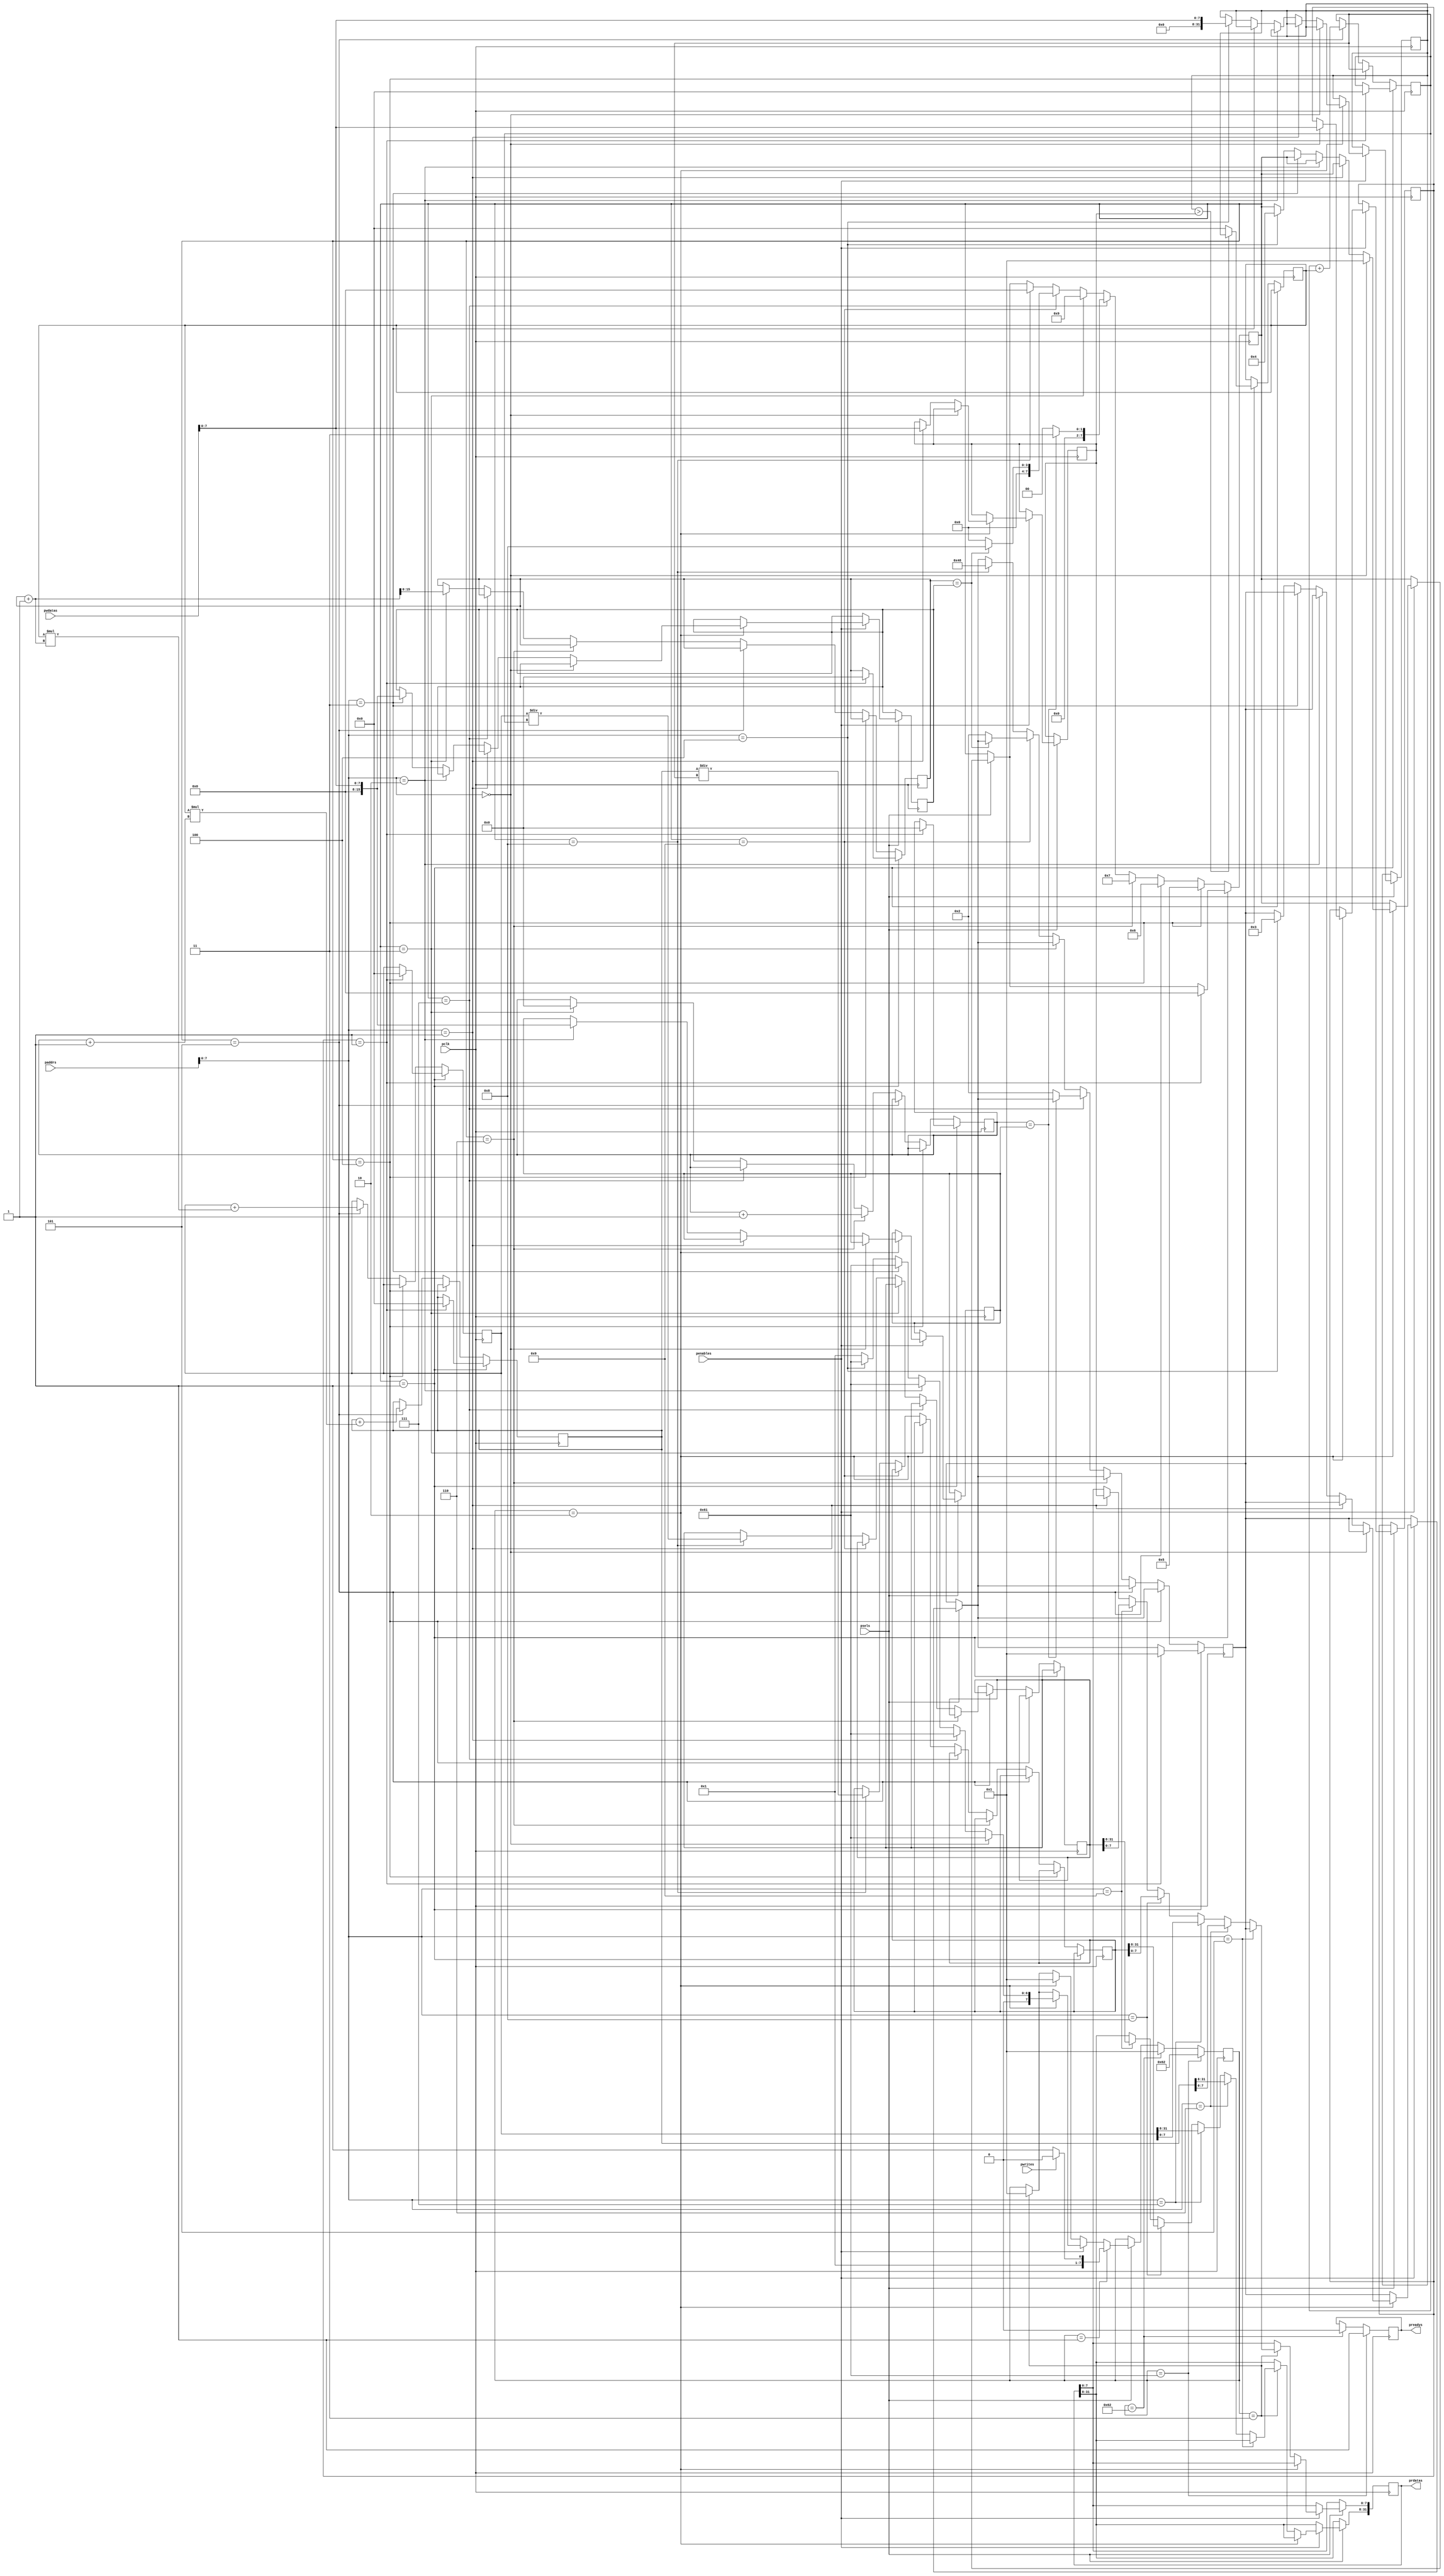
module sun(
    pclk,
    psels,
    penables,
    pwrites,
    paddrs,
    pwdatas,
    prdatas,
    preadys
);

input pclk;
input psels;
input penables;
input pwrites;
input [31:0] paddrs;
input [31:0] pwdatas;
output [31:0] prdatas;
output preadys;
reg pready_temp = 1'b0;
reg [7:0] control = 8'h00;
reg [7:0] status;
reg [7:0] threshold;
reg [15:0] xmax;
reg [15:0] ymax;
reg [15:0] xcount;
reg [15:0] ycount;
reg [7:0] access_state = 8'h01;
reg [7:0] calc_state = 8'h00;
reg [31:0] op_temp;

reg[31:0] sum_accum_x;
reg[31:0] sum_accum_y;
reg[31:0] I_Data;
reg[31:0] I_Data_temp;
reg[31:0] I_total;
reg[31:0] ans;
reg[31:0] h;
reg[31:0] k;
always @(posedge pclk) begin
    if(psels == 1'b1) begin
        if(penables == 1'b1) begin
            if(access_state == 8'h02) begin
                if(paddrs[7:0] == 8'h00) begin
                    control <= pwdatas[7:0];
                    access_state <= 8'h61;
                    calc_state <= 8'h01;
                end
                else if(paddrs[7:0] == 8'h01) begin
                    threshold <= pwdatas[7:0];
                    access_state <= 8'h61;
                end
                else if(paddrs[7:0] == 8'h02) begin
                    xmax <= pwdatas[7:0];
                    access_state <= 8'h61;
                end
                else if(paddrs[7:0] == 8'h03) begin
                    ymax <= pwdatas[7:0];
                    access_state <= 8'h61;
                end
                else if(paddrs[7:0] == 8'h04) begin
                    I_Data_temp <= pwdatas[7:0];
                    access_state <= 8'h61;
                    calc_state <= 8'h04;
                    status <= 8'h03;
                end 
                else begin
                    access_state <= 8'h01;
                end
            end
            else if(access_state == 8'h03) begin
                if(paddrs[7:0] == 8'h05) begin
                    op_temp[7:0] <= status;
                end
                else if(paddrs[7:0] == 8'h06) begin
                    op_temp <= sum_accum_x;
                end
                else if(paddrs[7:0] == 8'h07) begin
                    op_temp <= sum_accum_y;
                end
                else if(paddrs[7:0] == 8'h08) begin
                    op_temp <= h;
                end
                else if(paddrs[7:0] == 8'h09) begin
                    op_temp <= k;
                end
                else if(paddrs[7:0] == 8'h01) begin
                    op_temp[7:0] <= threshold;
                end
                access_state <= 8'h01;
            end
        end
        else begin
            if(access_state == 8'h02)
                access_state <= 8'h01;
            else if(access_state == 8'h03)
                access_state <= 8'h01;
        end
        if(access_state == 8'h01) begin 
            if(psels == 1'b1) begin
                if(pwrites == 1'b1) begin
                    access_state <= 8'h02;
                end
                else begin
                    access_state <= 8'h03;
                end
            end
        end
    end
        if(access_state == 8'h61) begin
            pready_temp <= 1'b1;
            access_state <= 8'h62;
        end
        else if(access_state == 8'h62) begin
            pready_temp <= 1'b0;
            access_state <= 8'h01;
        end
        // else if(state == 8'h01) begin 
        //     if(psels == 1'b1) begin
        //         if(pwrites == 1'b1) begin
        //             state <= 8'h02;
        //         end
        //         else begin
        //             state <= 8'h03;
        //         end
        //     end
        // end
        if(calc_state == 8'h01) begin
            if(control == 8'h01) begin
                sum_accum_x <= 32'h00000000;
                sum_accum_y <= 32'h00000000;
                xcount <= 16'h0000;
                ycount <= 16'h0000;
                status <= 8'h01;
                I_total <= 32'h00000000;
                calc_state <= 8'h00;
            end
        end
        else if(calc_state == 8'h04) begin
            I_Data <= (I_Data_temp > threshold) ? I_Data_temp: 8'h00;
            calc_state <= 8'h05;
        end
        else if(calc_state == 8'h05) begin
            sum_accum_x <= sum_accum_x + I_Data * (xcount+1);
            sum_accum_y <= sum_accum_y + I_Data * (ycount+1);
            I_total <= I_total + I_Data;
            calc_state <= 8'h06;
        end
        else if(calc_state == 8'h06) begin
            xcount <= xcount + 16'h0001;
            calc_state <= 8'h07;
        end
        else if(calc_state == 8'h07) begin
            if(xcount == xmax) begin
                calc_state <= 8'h03;
            end
            else begin
                status <= 8'h02;
                calc_state <= 8'h00;
            end
            
        end
        else if(calc_state == 8'h03) begin
            ycount <= ycount + 1;
            xcount <= 0;
            calc_state <= 8'h09;
        end
        else if(calc_state == 8'h09) begin
            if(ycount == ymax) begin
                calc_state <= 8'h08;
            end
            else begin
                status <= 8'h02;
                calc_state <= 8'h00;
            end
        end
        else if(calc_state == 8'h08) begin
            h <= sum_accum_x / I_total;
            k <= sum_accum_y / I_total;
            status <= 8'h48;
            calc_state <= 8'h00;
        end
    
end

// always @(posedge penables) begin
//     if(psels == 1'b1) begin
//         if(state == 8'h02) begin
//             if(paddrs == 32'h00000000) begin
//                 control <= pwdatas[7:0];
//                 state <= 8'h00;
//             end
//             else if(paddrs == 32'h00000001) begin
//                 threshold <= pwdatas[7:0];
//                 state <= 8'h61;
//             end
//             else if(paddrs == 32'h00000002) begin
//                 xmax <= pwdatas[7:0];
//                 state <= 8'h61;
//             end
//             else if(paddrs == 32'h00000003) begin
//                 ymax <= pwdatas[7:0];
//                 state <= 8'h61;
//             end
//             else if(paddrs == 32'h00000004) begin
//                 I_Data_temp <= pwdatas[7:0];
//                 state <= 8'h04;
//             end
            
//         end
//         else if(state == 8'h03) begin
//             if(paddrs == 32'h00000005) begin
//                 op_temp[7:0] <= status;
//             end
//             else if(paddrs == 32'h00000006) begin
//                 op_temp <= sum_accum;
//             end
//             state <= 8'h01;
//         end
//     end
// end

assign prdatas = op_temp;
assign preadys = pready_temp;

endmodule